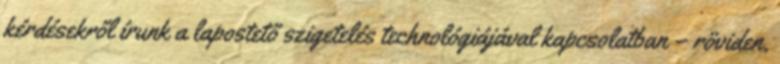
kérdésekről írunk a lapostető szigetelés technológiájával kapcsolatban – röviden,